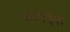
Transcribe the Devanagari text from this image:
नालदेश्वर